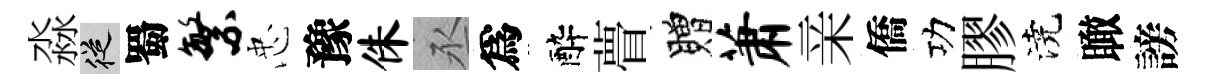
淼從蜀繁忠豫侏丞爲醉瞢贈萧亲僑功膠澆瞰謗